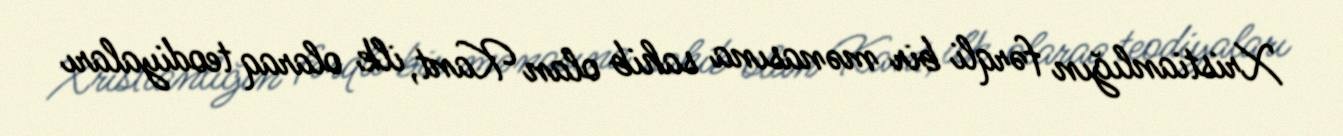
Xristianlığın fərqli bir mənasına sahib olan Kant, ilk olaraq teodiyaları